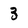
Character: 3